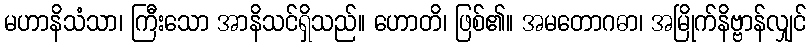
မဟာနိသံသာ၊ ကြီးသော အာနိသင်ရှိသည်။ ဟောတိ၊ ဖြစ်၏။ အမတောဂဓာ၊ အမြိုက်နိဗ္ဗာန်လျှင်